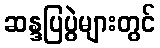
ဆန္ဒပြပွဲများတွင်